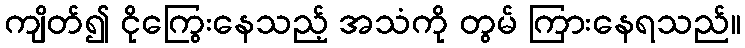
ကျိတ်၍ ငိုကြွေးနေသည့် အသံကို တွမ် ကြားနေရသည်။